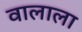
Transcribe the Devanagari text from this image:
वालाला